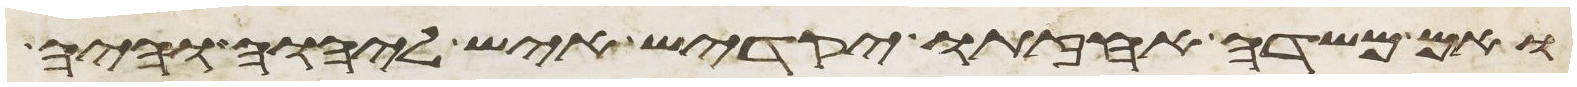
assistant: ואם משדה אחזתו יקדיש איש ליהוה והיה